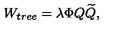
W _ { t r e e } = \lambda \Phi Q { \widetilde Q } ,